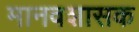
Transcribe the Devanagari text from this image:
मानवशासक